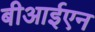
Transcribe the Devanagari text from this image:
बीआईएन